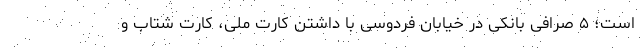
است؛ ۵ صرافی بانکی در خیابان فردوسی با داشتن کارت ملی، کارت شتاب و